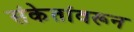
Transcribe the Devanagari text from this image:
संकेतांवरून